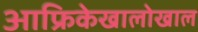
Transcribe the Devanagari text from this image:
आफ्रिकेखालोखाल